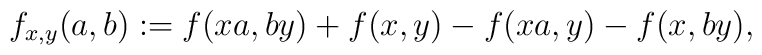
f_{x,y}(a,b):=f(xa,by)+f(x,y)-f(xa,y)-f(x,by),